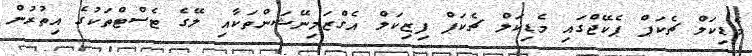
މެޑިކަލް ޗެކަޕް ޕެކޭޖްގައި މެޑިކަލް ޗެކަޕް ފިޒިކަލް އެގްޒަމިނޭޝަންތަކާއި ލޭގެ ޓެސްޓްތަކުގެ އިތުރުން